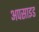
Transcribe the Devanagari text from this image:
अपसाइड